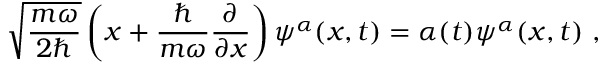
~ { \sqrt { \frac { m \omega } { 2 \hbar } } } \left( x + { \frac { \hbar } { m \omega } } { \frac { \partial } { \partial x } } \right) \psi ^ { \alpha } ( x , t ) = \alpha ( t ) \psi ^ { \alpha } ( x , t ) ~ ,